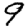
Digit: 9